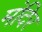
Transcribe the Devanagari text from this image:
मंदिर